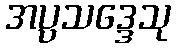
အပ္ပသဒ္ဒေသု